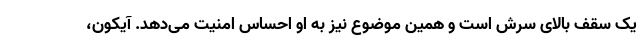
یک سقف بالای سرش است و همین موضوع نیز به او احساس امنیت می‌دهد. آیکون،